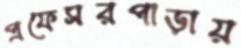
প্রফেসরপাড়ায়